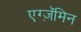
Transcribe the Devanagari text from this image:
एग्ज़ॅमिन